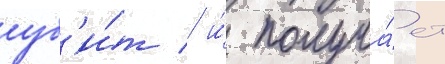
уб'и́т / и́ получа́ет